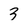
Character: 3